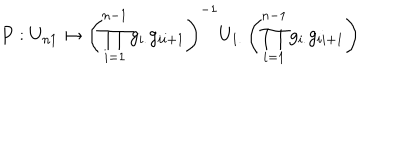
P : U _ { n 1 } \mapsto \left( \prod _ { i = 1 } ^ { n - 1 } g _ { i . } g _ { i i + 1 } \right) ^ { - 1 } U _ { 1 . } \left( \prod _ { i = 1 } ^ { n - 1 } g _ { i . } g _ { i i + 1 } \right)